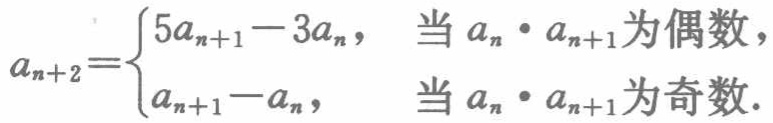
\[

a_{n + 2} =

\begin{cases}

5a_{n + 1} - 3a_{n}, &\text{当 }a_{n}\cdot a_{n + 1}\text{ 为偶数},\\

a_{n + 1} - a_{n}, &\text{当 }a_{n}\cdot a_{n + 1}\text{ 为奇数}.

\end{cases}

\]